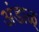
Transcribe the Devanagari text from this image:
अंडाळ्